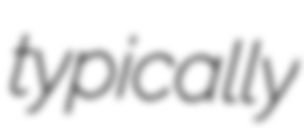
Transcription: typically